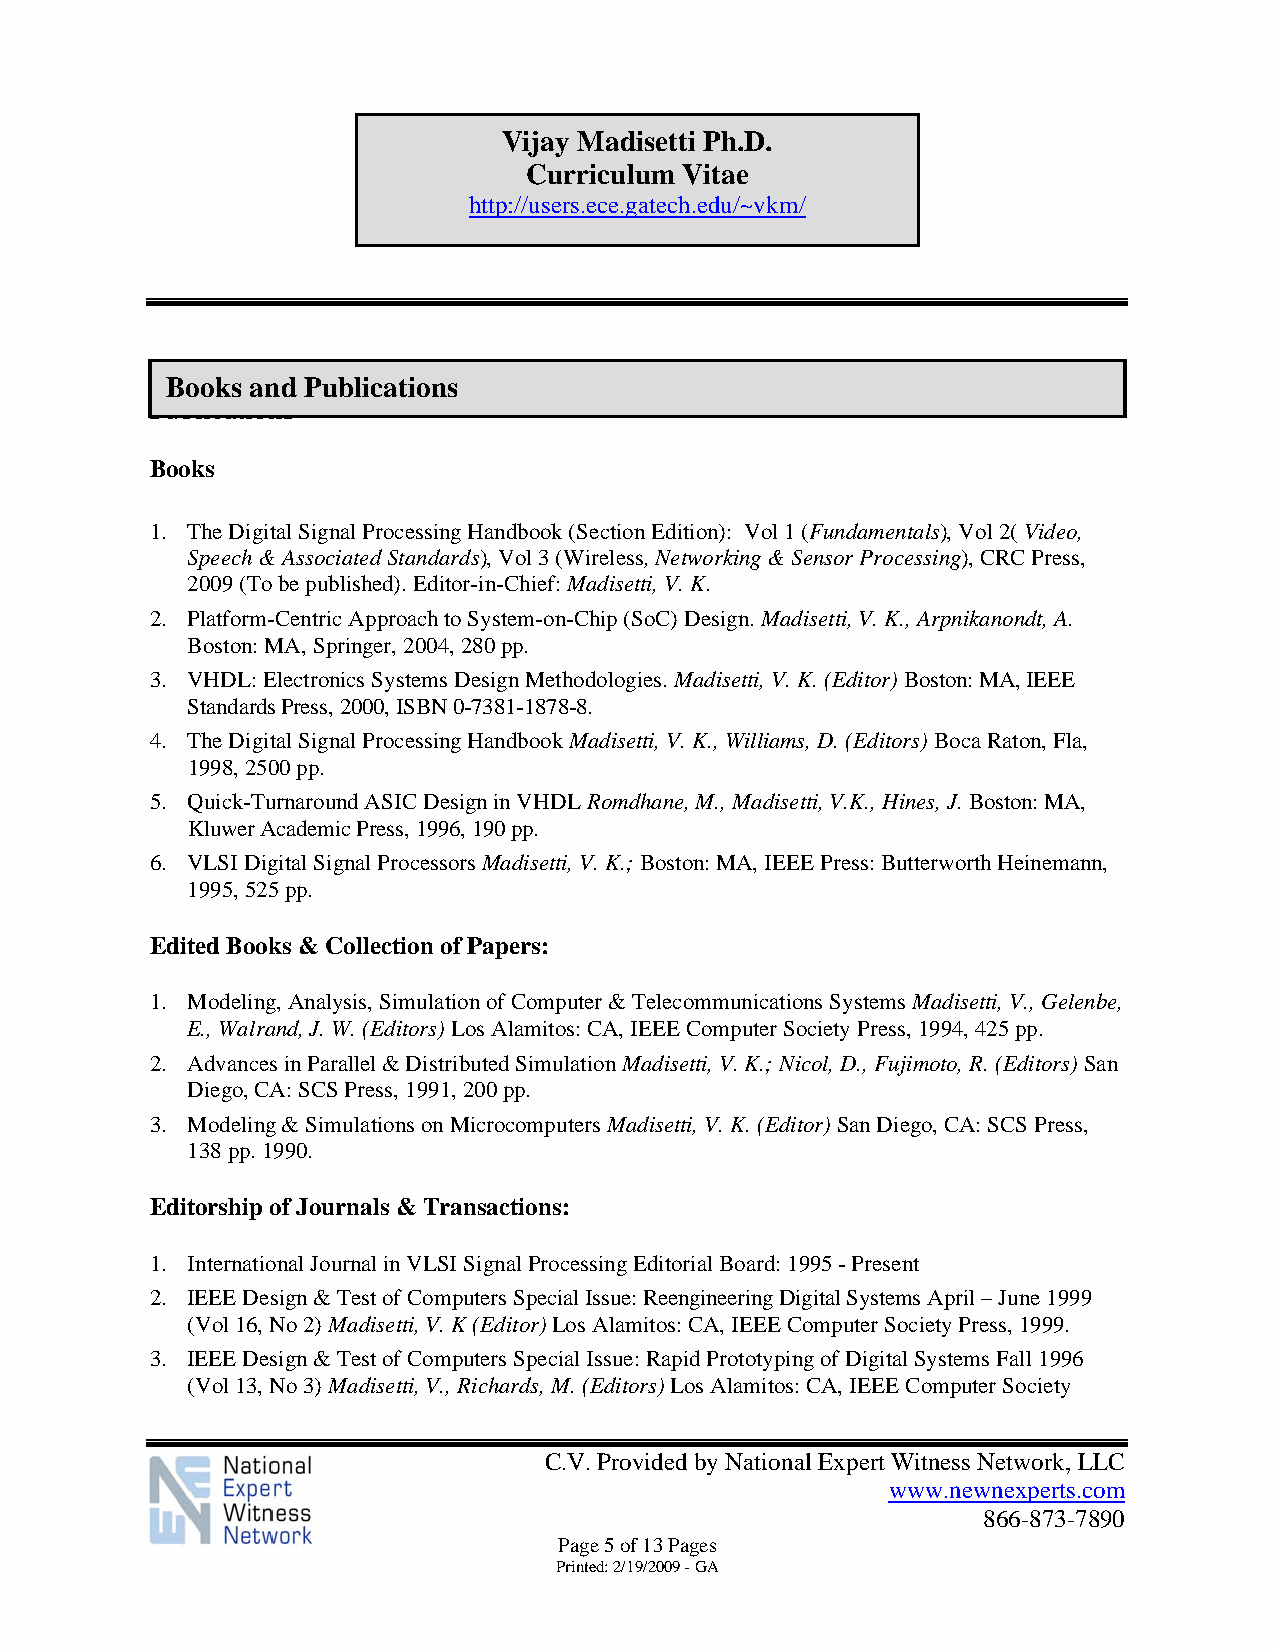
Vijay Madisetti Ph.D.
 Curriculum Vitae
 http://users.ece.gatech.edu/~vkm/
 Books and Publications
 Publications
 Books
 1. The Digital Signal Processing Handbook (Section Edition): Vol 1 (Fundamentals), Vol 2( Video,
 Speech & Associated Standards), Vol 3 (Wireless, Networking & Sensor Processing), CRC Press,
 2009 (To be published). Editor-in-Chief: Madisetti, V. K.
 2. Platform-Centric Approach to System-on-Chip (SoC) Design. Madisetti, V. K., Arpnikanondt, A.
 Boston: MA, Springer, 2004, 280 pp.
 3. VHDL: Electronics Systems Design Methodologies. Madisetti, V. K. (Editor) Boston: MA, IEEE
 Standards Press, 2000, ISBN 0-7381-1878-8.
 4. The Digital Signal Processing Handbook Madisetti, V. K., Williams, D. (Editors) Boca Raton, Fla,
 1998, 2500 pp.
 5. Quick-Turnaround ASIC Design in VHDL Romdhane, M., Madisetti, V.K., Hines, J. Boston: MA,
 Kluwer Academic Press, 1996, 190 pp.
 6. VLSI Digital Signal Processors Madisetti, V. K.; Boston: MA, IEEE Press: Butterworth Heinemann,
 1995, 525 pp.
 Edited Books & Collection of Papers:
 1. Modeling, Analysis, Simulation of Computer & Telecommunications Systems Madisetti, V., Gelenbe,
 E., Walrand, J. W. (Editors) Los Alamitos: CA, IEEE Computer Society Press, 1994, 425 pp.
 2. Advances in Parallel & Distributed Simulation Madisetti, V. K.; Nicol, D., Fujimoto, R. (Editors) San
 Diego, CA: SCS Press, 1991, 200 pp.
 3. Modeling & Simulations on Microcomputers Madisetti, V. K. (Editor) San Diego, CA: SCS Press,
 138 pp. 1990.
 Editorship of Journals & Transactions:
 1. International Journal in VLSI Signal Processing Editorial Board: 1995 - Present
 2. IEEE Design & Test of Computers Special Issue: Reengineering Digital Systems April – June 1999
 (Vol 16, No 2) Madisetti, V. K (Editor) Los Alamitos: CA, IEEE Computer Society Press, 1999.
 3. IEEE Design & Test of Computers Special Issue: Rapid Prototyping of Digital Systems Fall 1996
 (Vol 13, No 3) Madisetti, V., Richards, M. (Editors) Los Alamitos: CA, IEEE Computer Society
 C.V. Provided by National Expert Witness Network, LLC
 www.newnexperts.com
 866-873-7890
 Page 5 of 13 Pages
 Printed: 2/19/2009 - GA